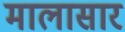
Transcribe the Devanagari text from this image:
मालासार